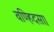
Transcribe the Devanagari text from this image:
वण्हिदसा।